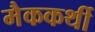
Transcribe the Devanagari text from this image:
मैककर्थी